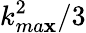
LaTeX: k_{ma\mathbf{x}}^{2}/3